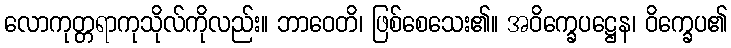
လောကုတ္တရာကုသိုလ်ကိုလည်း။ ဘာဝေတိ၊ ဖြစ်စေသေး၏။ အဝိက္ခေပဋ္ဌေန၊ ဝိက္ခေပ၏